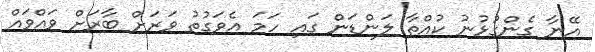
އޭނާ ގެންގުޅުނު ކުއްތާ ލަންޑަން ގައި ހަމަ އެވަގުތު ވަރަށް ބާރަށް ވައްވައް